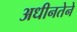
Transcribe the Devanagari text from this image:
अधीनतेने